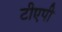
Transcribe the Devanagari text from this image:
टीएपी